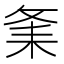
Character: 𦓫